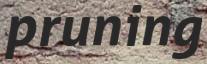
pruning